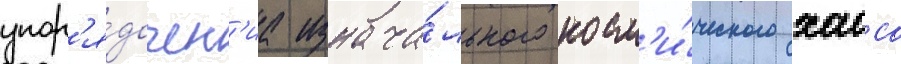
упор'я́дочен'иа изнача́льного косм'и́ческого хаоса